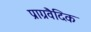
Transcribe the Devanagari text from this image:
प्राग्रवैदिक